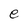
Character: e